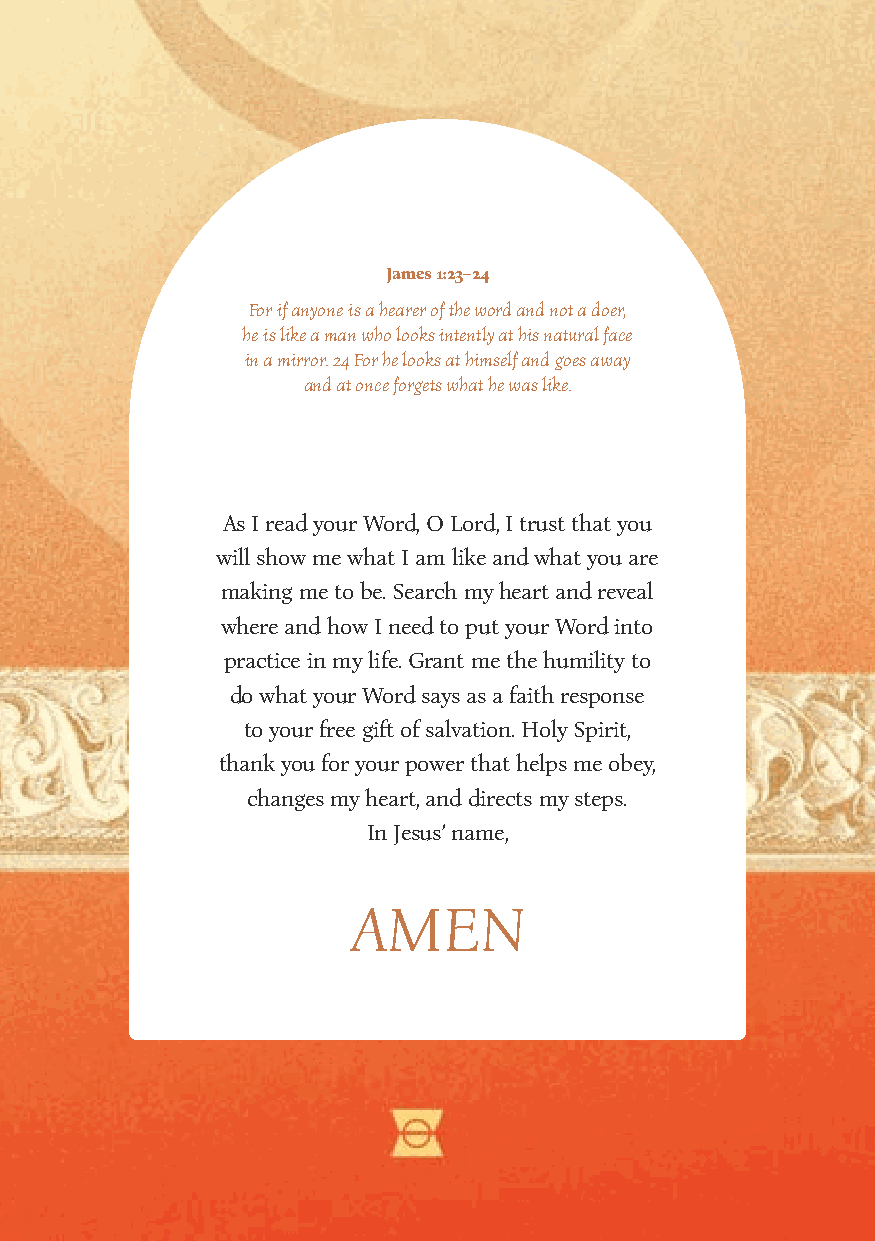
James 1:23–24
 For if anyone is a hearer of the word and not a doer,
 he is like a man who looks intently at his natural face
 in a mirror. 24 For he looks at himself and goes away
 and at once forgets what he was like.
 As I read your Word, O Lord, I trust that you
 will show me what I am like and what you are
 making me to be. Search my heart and reveal
 where and how I need to put your Word into
 practice in my life. Grant me the humility to
 do what your Word says as a faith response
 to your free gift of salvation. Holy Spirit,
 thank you for your power that helps me obey,
 changes my heart, and directs my steps.
 In Jesus’ name,
 AMEN
 28 | Abide: The Power and Beauty of God’s Word